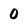
Character: 0